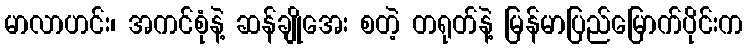
မာလာဟင်း၊ အကင်စုံနဲ့ ဆန်ချိုအေး စတဲ့ တရုတ်နဲ့ မြန်မာပြည်မြောက်ပိုင်းက